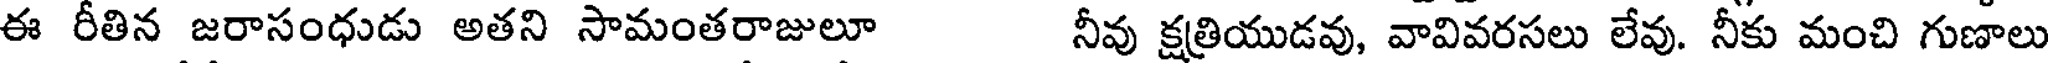
ఈ రీతిన జరాసంధుడు అతని సామంతరాజులూ నీవు క్షత్రియుడవు, వావివరసలు లేవు. నీకు మంచి గుణాలు